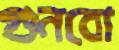
গুনবো